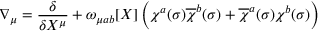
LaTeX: \nabla _ { \mu } = \frac { \delta } { \delta X ^ { \mu } } + \omega _ { \mu a b } [ X ] \left( \chi ^ { a } ( \sigma ) \overline { { { \chi } } } ^ { b } ( \sigma ) + \overline { { { \chi } } } ^ { a } ( \sigma ) \chi ^ { b } ( \sigma ) \right)